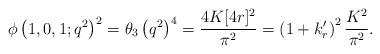
LaTeX: \begin{align*}\phi\left(1,0,1;q^2\right)^2=\theta_3\left(q^2\right)^4=\frac{4K[4r]^2}{\pi^2}=\left(1+k'_r\right)^2\frac{K^2}{\pi^2}.\end{align*}